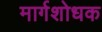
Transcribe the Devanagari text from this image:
मार्गशोधक